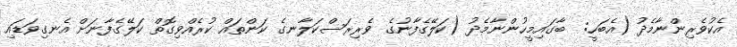
އެކުވެރިންނާމެދު (އެބަހީ:  ބާގައިމީހުންނާމެދު (ކަލޭގެފާނުގެ ވެރިރަސްކަލާނގެ ކަންތައް ކުރެއްވިގޮތް ކަލޭގެފާނަށް އެނގިވަޑައި